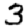
Digit: 3